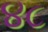
૪૮